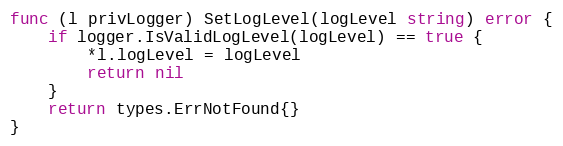
Language: Go
func (l privLogger) SetLogLevel(logLevel string) error {
	if logger.IsValidLogLevel(logLevel) == true {
		*l.logLevel = logLevel
		return nil
	}
	return types.ErrNotFound{}
}